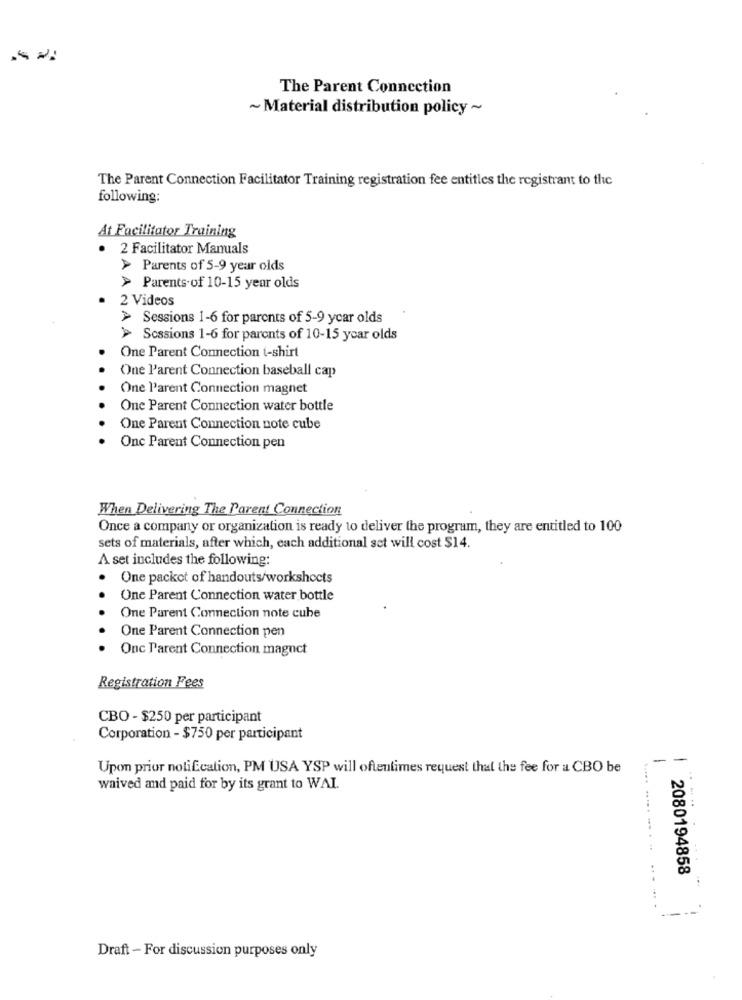
The Parent Connection
~ Material distribution policy ~
The Parent Connection Facilitator Training registration fee entitles the registrant to the
following:
At Facilitator Training
.
2 Facilitator Manuals
> Parents of 5-9 year olds
> Parents.of 10-15 year olds
2 Videos
> Sessions 1-6 for parents of 5-9 year olds
> Sessions 1-6 for parents of 10-15 year olds
One Parent Connection t-shirt
..
One l'arent Connection baseball cap
One Parent Connection magnet
One Parent Connection water bottle
One Parent Connection note cube
Onc Parent Connection pen
When Delivering The Parent Connection
Once a company or organization is ready to deliver the program, they are entitled to 100
sets of materials, after which, each additional set will cost $14.
A set includes the following:
One packet of handouts/workshocts
One Parent Connection water bottle
One Parent Connection note cube
One Parent Connection pen
Onc Parent Connection magnet
Registration Fees
CBO - $250 per participant
Corporation - $750 per participant
-
-
Upon prior notification, PM USA YSP will oftentimes request that the fee for a CBO be
waived and paid for by its grant to WAI.
..... ..... ...
2080194858
... .
Draft - For discussion purposes only